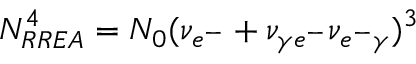
N _ { R R E A } ^ { 4 } = N _ { 0 } ( \nu _ { e ^ { - } } + \nu _ { \gamma e ^ { - } } \nu _ { e ^ { - } \gamma } ) ^ { 3 }